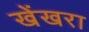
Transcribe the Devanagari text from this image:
खेंखरा